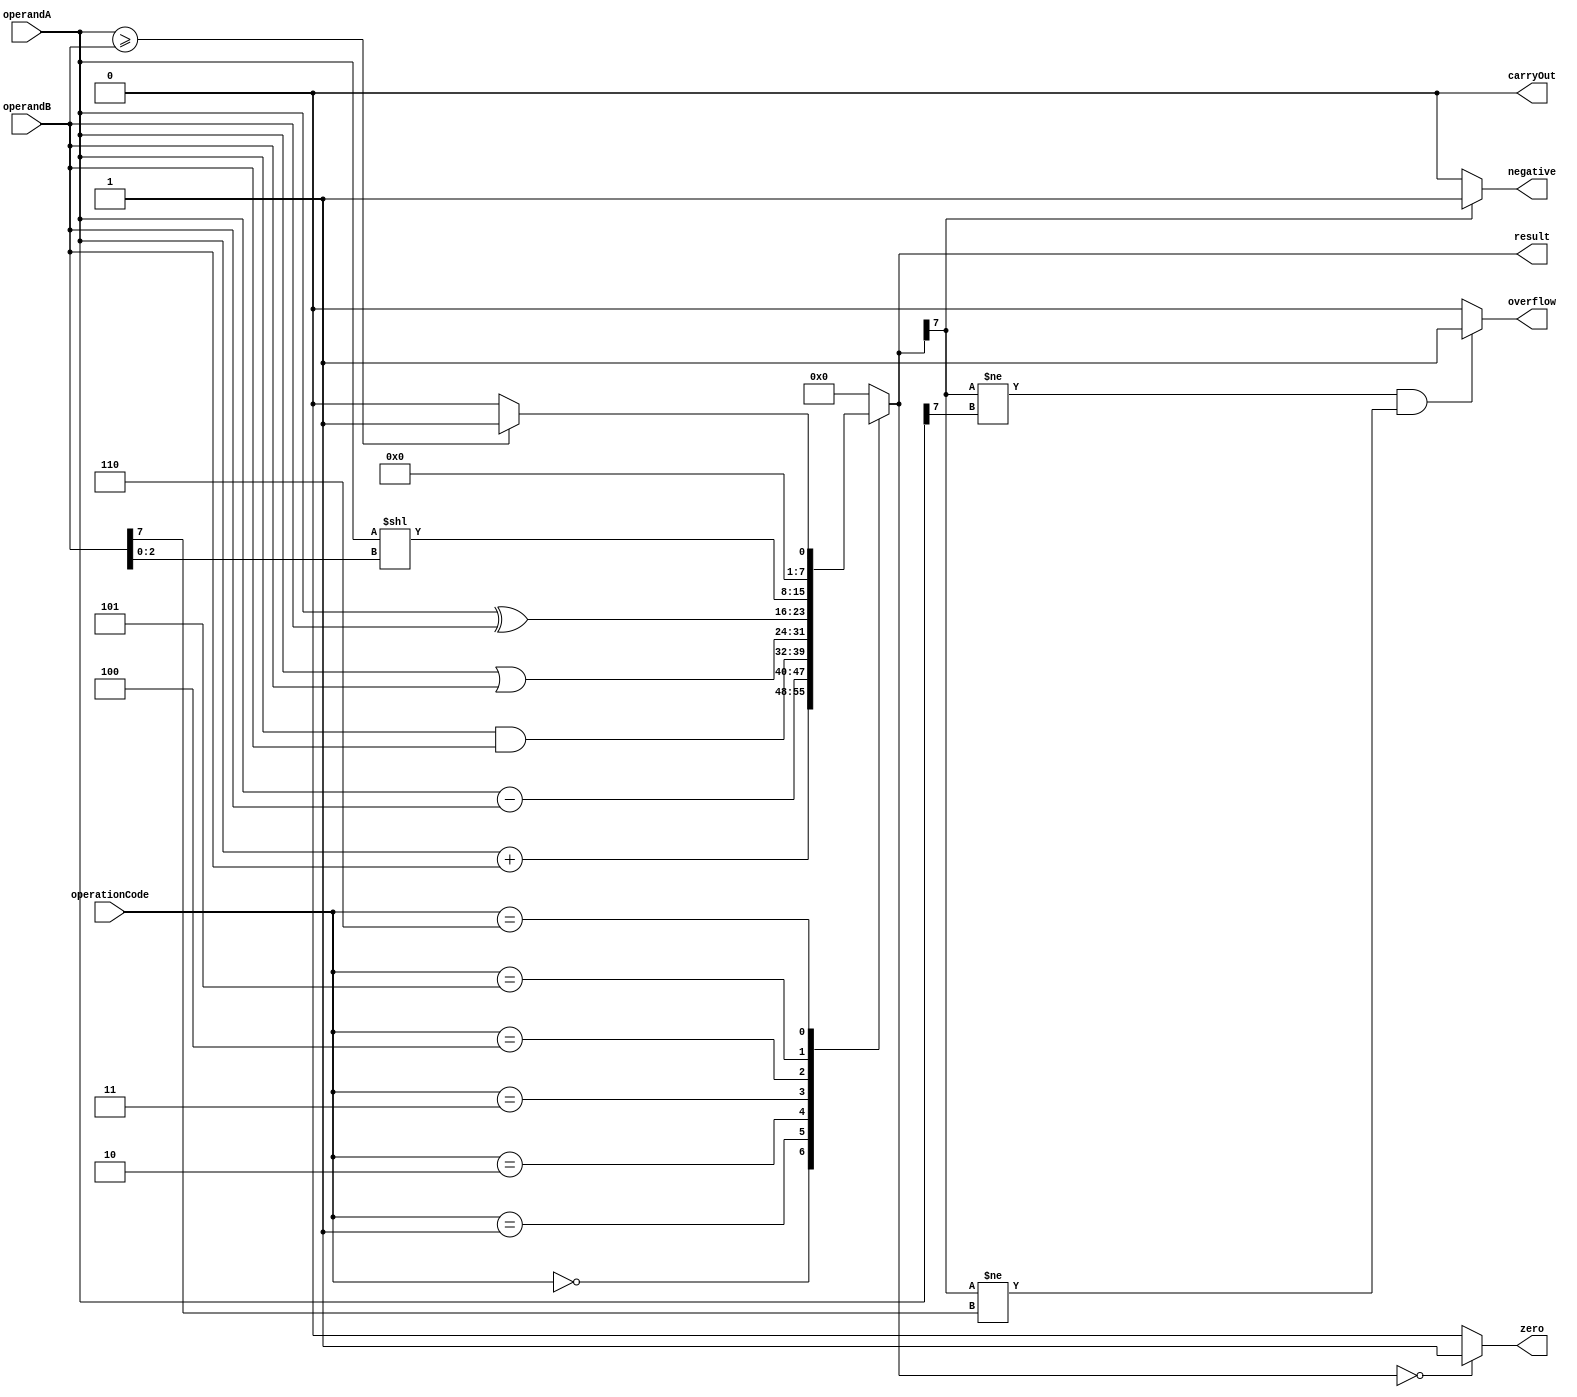
module alu(
    input [7:0] operandA,
    input [7:0] operandB,
    input [2:0] operationCode,
    output reg [7:0] result,
    output reg carryOut,
    output reg overflow,
    output reg zero,
    output reg negative
);

reg [7:0] tempResult;

always @(*)
begin
    case(operationCode)
        3'b000: tempResult = operandA + operandB; // Addition
        3'b001: tempResult = operandA - operandB; // Subtraction
        3'b010: tempResult = operandA & operandB; // AND
        3'b011: tempResult = operandA | operandB; // OR
        3'b100: tempResult = operandA ^ operandB; // XOR
        3'b101: tempResult = operandA << operandB[2:0]; // Shift Left
        3'b110: tempResult = (operandA >= operandB) ? 8'h01 : 8'h00; // Comparison
        default: tempResult = 8'h00; // Default to zero
    endcase
end

always @(*)
begin
    result = tempResult;
    carryOut = (tempResult[8] == 1) ? 1'b1 : 1'b0;
    overflow = (tempResult[7] != operandA[7] && tempResult[7] != operandB[7]) ? 1'b1 : 1'b0;
    zero = (tempResult == 8'h00) ? 1'b1 : 1'b0;
    negative = (tempResult[7] == 1) ? 1'b1 : 1'b0;
end

endmodule